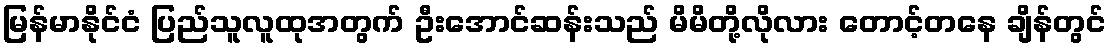
မြန်မာနိုင်ငံ ပြည်သူလူထုအတွက် ဦးအောင်ဆန်းသည် မိမိတို့လိုလား တောင့်တနေ ချိန်တွင်